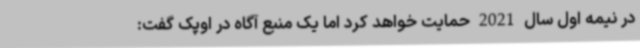
در نیمه اول سال 2021 حمایت خواهد کرد اما یک منبع آگاه در اوپک گفت: